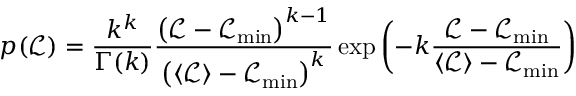
p ( \mathcal { L } ) = \frac { k ^ { k } } { \Gamma ( k ) } \frac { \left( \mathcal { L } - \mathcal { L } _ { \mathrm { m i n } } \right) ^ { k - 1 } } { \left( \langle \mathcal { L } \rangle - \mathcal { L } _ { \mathrm { m i n } } \right) ^ { k } } \exp { \left( - k \frac { \mathcal { L } - \mathcal { L } _ { \mathrm { m i n } } } { \langle \mathcal { L } \rangle - \mathcal { L } _ { \mathrm { m i n } } } \right) }